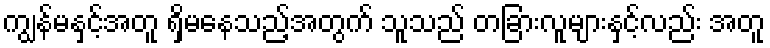
ကျွန်မနှင့်အတူ ရှိမနေသည့်အတွက် သူသည် တခြားလူများနှင့်လည်း အတူ